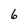
Character: 6